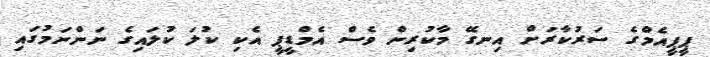
ޕީޕީއެމްގެ ސަރުކާރަށް އިނގޭ މާކުރިން ވެސް އެމްޑީޕީ އެކި ކުލަ ކުލައިގެ ނަންނަމުގައި